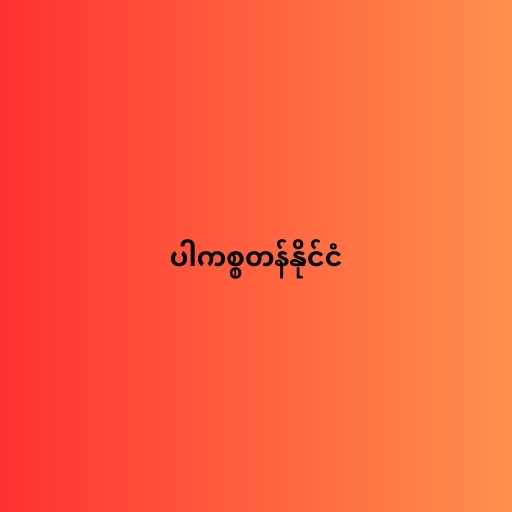
ပါကစ္စတန်နိုင်ငံ